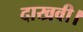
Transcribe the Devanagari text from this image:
दाखवी।